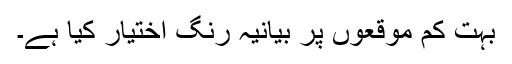
بہت کم موقعوں پر بیانیہ رنگ اختیار کیا ہے۔